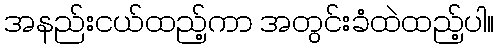
အနည်းငယ်ထည့်ကာ အတွင်းခံထဲထည့်ပါ။